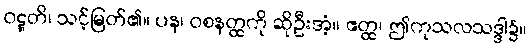
ဝဋ္ဋတိ၊ သင့်မြတ်၏။ ပန၊ ဝစနတ္ထကို ဆိုဦးအံ့။ ဧတ္ထ၊ ဤကုသလသဒ္ဒါ၌။